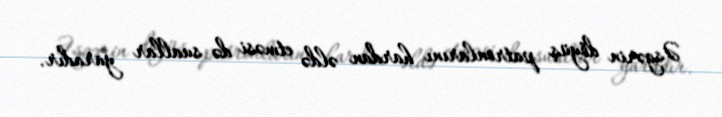
Əsgərin döyüş patronlarını hardan əldə etməsi də suallar yaradır.